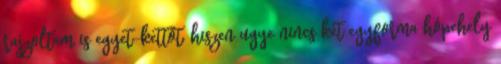
rajzoltam is egyet-kettőt, hiszen ugye nincs két egyforma hópehely